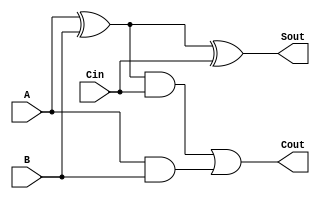
module myfulladd (A, B, Cin, Cout, Sout);
	input A, B, Cin;
	output Cout, Sout;
	wire w1, w2, w3;

	assign w1 = A ^ B;
	assign w2 = w1 & Cin;
	assign w3 = A & B;

	assign Sout = w1 ^ Cin;
	assign Cout = w2 | w3;
endmodule